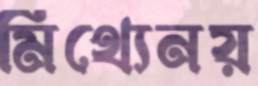
মিথ্যেনয়